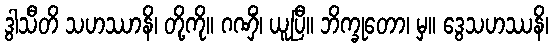
ဒွါသီတိ သဟဿာနိ၊ တို့ကို။ ဂဏှိံ၊ ယူပြီ။ ဘိက္ခုတော၊ မှ။ ဒွေသဟဿနိ၊